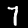
Label: 7